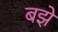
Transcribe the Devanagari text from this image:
बझे